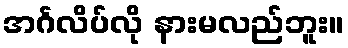
အင်္ဂလိပ်လို နားမလည်ဘူး။